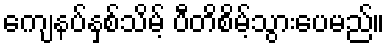
ကျေနပ်နှစ်သိမ့် ပီတိစိမ့်သွားပေမည်။